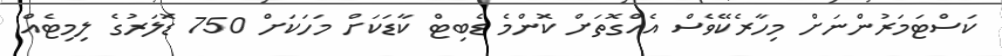
ކަސްޓަމަރުންނަށް މިހާރެކޭވެސް އެއްގޮތަށް ކޮންމެ ޑެބިޓް ކާޑަކަށް މަހަކަށް 750 ޑޮލަރުގެ ލިމިޓެއް